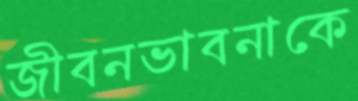
জীবনভাবনাকে